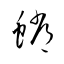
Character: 蟐